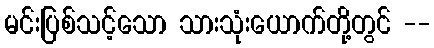
မင်းပြစ်သင့်သော သားသုံးယောက်တို့တွင် --